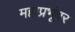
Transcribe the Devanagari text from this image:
महाप्रभूंवर